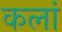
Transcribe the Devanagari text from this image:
कलां